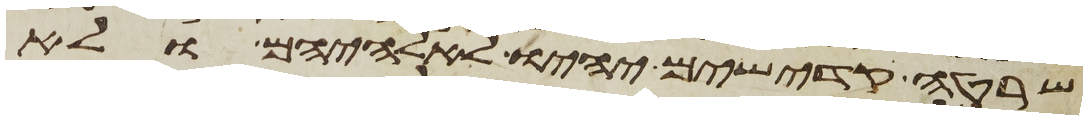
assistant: שרטה קדישים יהיו לאלהיהם ולא